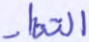
التناد